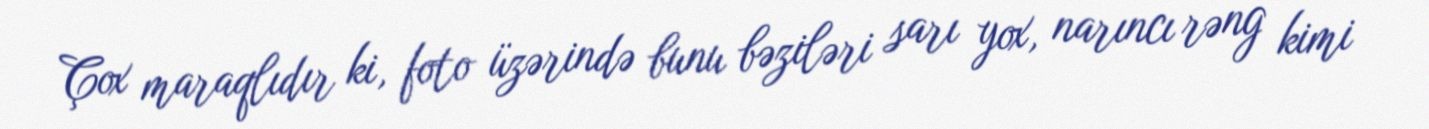
Çox maraqlıdır ki, foto üzərində bunu bəziləri sarı yox, narıncı rəng kimi